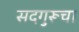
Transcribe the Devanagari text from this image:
सदगुरूचा